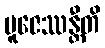
ပူဇေဿန္တီတိ